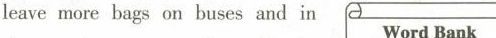
leave more bags on buses and in Word Bank